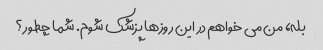
بله، من می خواهم در این روزها پزشک شوم. شما چطور؟